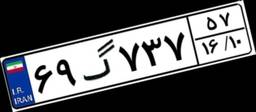
۶۰گ۱۰۴۴۳